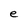
Character: e